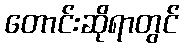
တောင်းဆိုရာတွင်